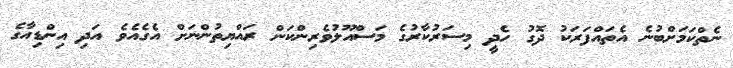
ނެތްކަމަށްބުނެ އެތައްފަރަކު ދޮގު ހެދީ މިސަރުކާރުގެ މަސްއޫލުވެރިންކަން ރައްޔިތުންނަށް އެގެއެވެ އަދި އިންޑިއާގެ